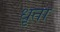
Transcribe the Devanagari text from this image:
धृता